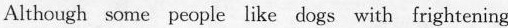
Although some people like dogs with frightening